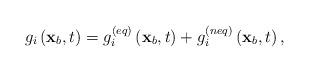
LaTeX: \begin{align*}{g_i}\left( {{{\bf{x}}_b},t} \right) = g_i^{\left( {eq} \right)}\left( {{{\bf{x}}_b},t} \right) + g_i^{\left( {neq} \right)}\left( {{{\bf{x}}_b},t} \right),\end{align*}